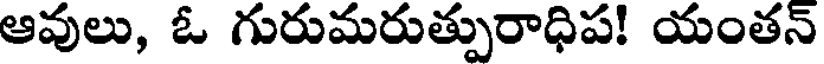
ఆవులు, ఓ గురుమరుత్పురాధిప! యంతన్